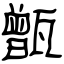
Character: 甑